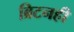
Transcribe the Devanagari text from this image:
ब्रिटनही